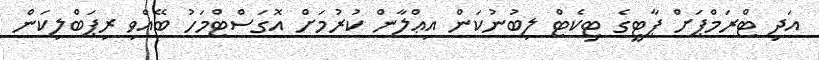
އަދި ޓްރަމްޕަށް ޕާޓީގެ ޓިކެޓް ލިބުނުކަން އިޢްލާން ކުރުމަށް އޮގަސްޓްމަހު ބޭއްވި ރިޕަބްލިކަން